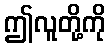
ဤလူတို့ကို